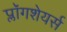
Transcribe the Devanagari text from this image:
प्लॉगशेयर्स